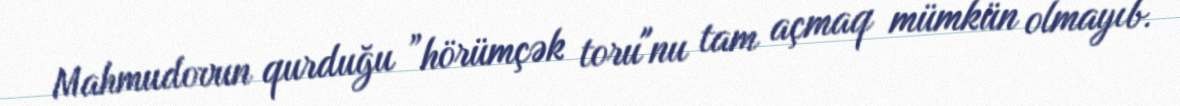
Mahmudovun qurduğu ”hörümçək toru"nu tam açmaq mümkün olmayıb.